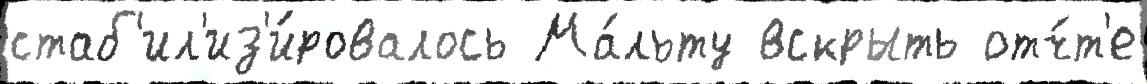
стаб'ил'из'и́ровалось Ма́льту вскрыть отч́т'е